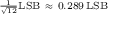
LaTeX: \scriptstyle { \frac { 1 } { \sqrt { 1 2 } } } \mathrm { L S B } \ \approx \ 0 . 2 8 9 \, \mathrm { L S B }